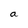
Character: a